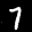
Label: 7